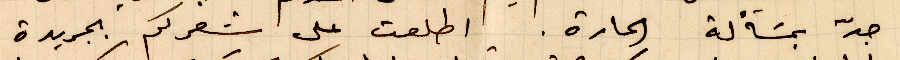
جدّ بمسألة الحارة. اطلعت على شعركم الجريدة